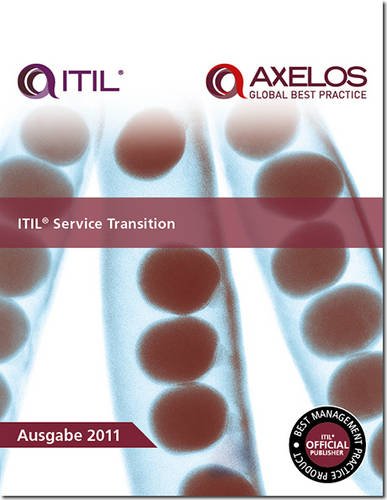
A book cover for ITIL Service Transition (Best Management Practices); Stuart Rance; Computers & Technology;